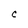
Character: C